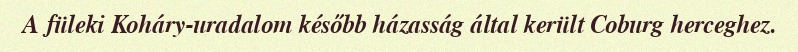
A füleki Koháry-uradalom később házasság által került Coburg herceghez.